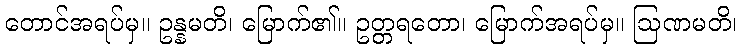
တောင်အရပ်မှ။ ဥန္နမတိ၊ မြောက်၏။ ဥတ္တရတော၊ မြောက်အရပ်မှ။ ဩဏမတိ၊